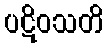
ပဋိဝသတိ